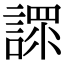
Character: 𧪟